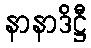
နာနာဒိဋ္ဌီ